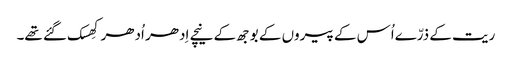
ریت کے ذرّےاُس کے پیروں کے بوجھ کے نیچے اِدھر اُدھر کِھسک گئے تھے۔